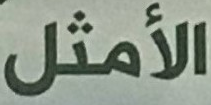
الأمثل